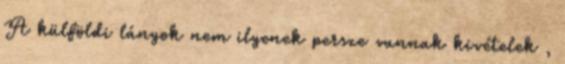
A külföldi lányok nem ilyenek persze vannak kivételek ,